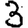
Digit: 3